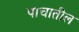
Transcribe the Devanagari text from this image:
पाचातील